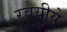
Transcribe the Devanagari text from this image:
रवयीये